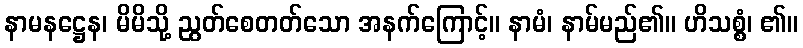
နာမနဋ္ဌေန၊ မိမိသို့ ညွတ်စေတတ်သော အနက်ကြောင့်။ နာမံ၊ နာမ်မည်၏။ ဟိသစ္စံ၊ ၏။